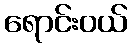
ရောင်းဝယ်